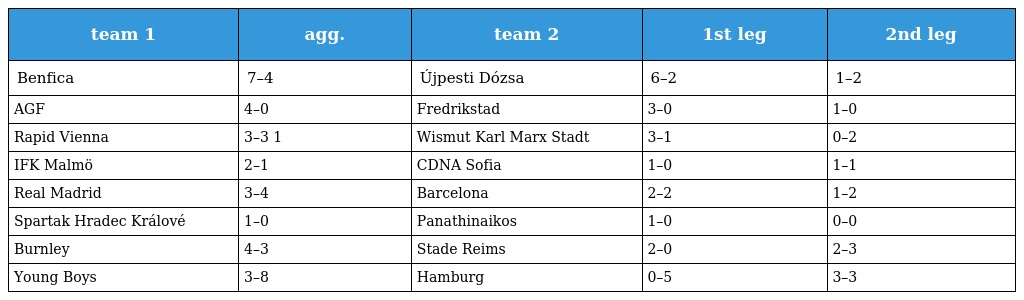
| team 1 | agg. | team 2 | 1st leg | 2nd leg |
 | --- | --- | --- | --- | --- |
 | Benfica | 7–4 | Újpesti Dózsa | 6–2 | 1–2 |
 | AGF | 4–0 | Fredrikstad | 3–0 | 1–0 |
 | Rapid Vienna | 3–3 1 | Wismut Karl Marx Stadt | 3–1 | 0–2 |
 | IFK Malmö | 2–1 | CDNA Sofia | 1–0 | 1–1 |
 | Real Madrid | 3–4 | Barcelona | 2–2 | 1–2 |
 | Spartak Hradec Králové | 1–0 | Panathinaikos | 1–0 | 0–0 |
 | Burnley | 4–3 | Stade Reims | 2–0 | 2–3 |
 | Young Boys | 3–8 | Hamburg | 0–5 | 3–3 |